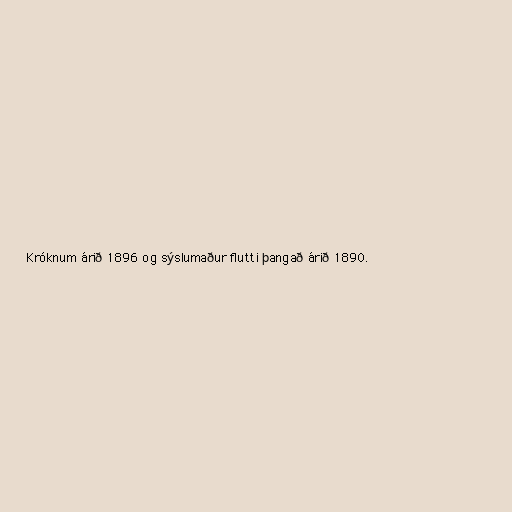
Króknum árið 1896 og sýslumaður flutti þangað árið 1890.